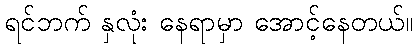
ရင်ဘက် နှလုံး နေရာမှာ အောင့်နေတယ်။